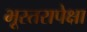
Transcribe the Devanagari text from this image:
भूस्तरापेक्षा